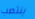
ينتصب